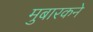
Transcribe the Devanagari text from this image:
मुबारकने